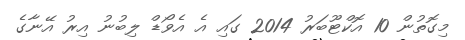
މިގޮތުން 10 އޮކްޓޫބަރު 2014 ގައި އެ އެވޯޑް ލިބުނު އިރު އޭނާގެ